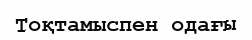
Тоқтамыспен одағы